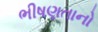
ભીષણતાનો